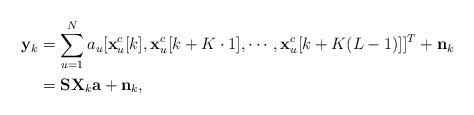
LaTeX: \begin{align*}\begin{aligned}\mathbf{y}_{k} &= \sum_{u=1}^{N} a_{u}[\mathbf{x}_{u}^{c}[k],\mathbf{x}_{u}^{c}[k+ K\cdot 1],\cdots, \mathbf{x}_{u}^{c}[k+K(L-1)] ]^{T} + \mathbf{n}_{k} \\&= \mathbf{S}\mathbf{X}_{k}\mathbf{a} + \mathbf{n}_{k},\end{aligned}\end{align*}